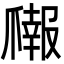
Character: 𬋳